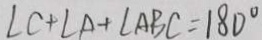
\angle C + \angle A + \angle A B C = 1 8 0 ^ { \circ }